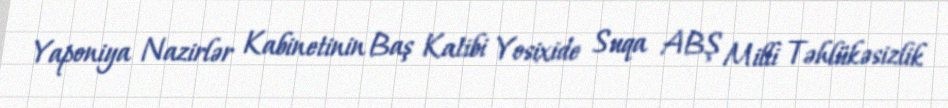
Yaponiya Nazirlər Kabinetinin Baş Katibi Yosixide Suqa ABŞ Milli Təhlükəsizlik